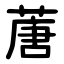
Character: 蓎